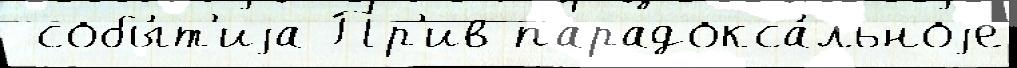
 собы́т'иjа Пр'ив парадокса́льноjе